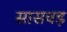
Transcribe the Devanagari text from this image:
सासवड़